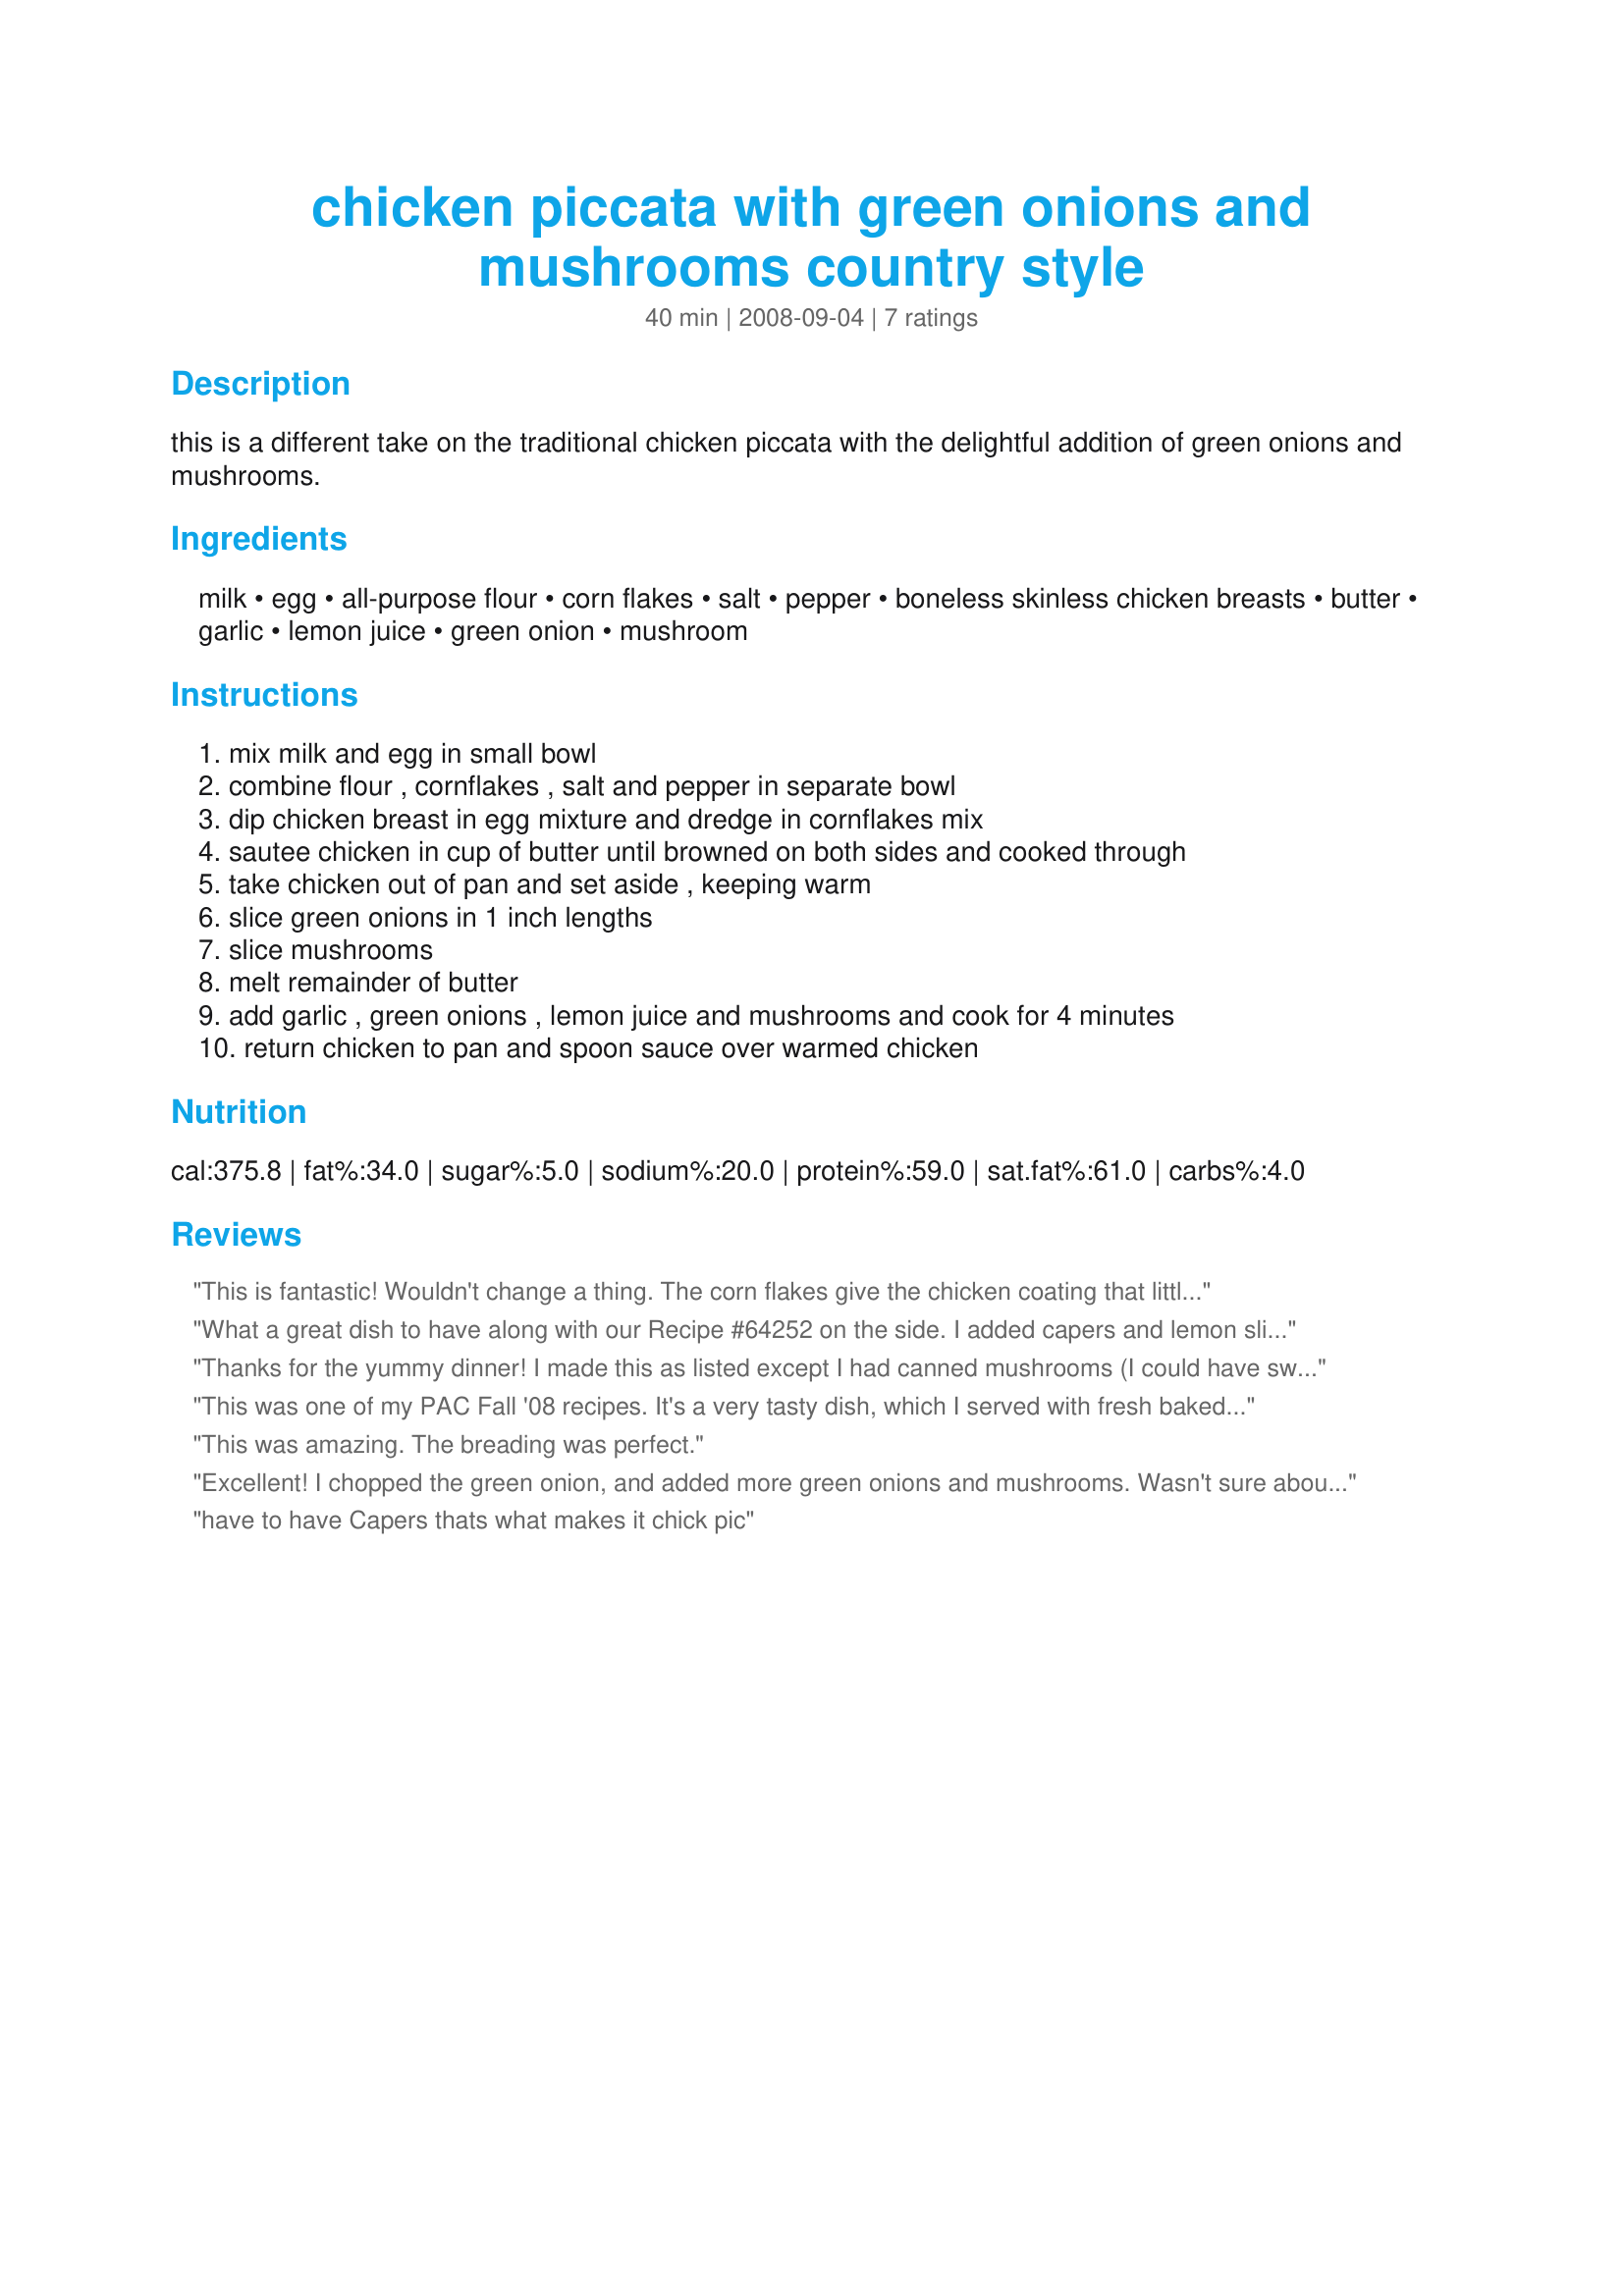
chicken piccata with green onions and mushrooms country style
Preparation time: 40 minutes

this is a different take on the traditional chicken piccata with the delightful addition of green onions and mushrooms.

Ingredients:
milk, egg, all-purpose flour, corn flakes, salt, pepper, boneless skinless chicken breasts, butter, garlic, lemon juice, green onion, mushroom

Steps:
mix milk and egg in small bowl, combine flour , cornflakes , salt and pepper in separate bowl, dip chicken breast in egg mixture and dredge in cornflakes mix, sautee chicken in cup of butter until browned on both sides and cooked through, take chicken out of pan and set aside , keeping warm, slice green onions in 1 inch lengths, slice mushrooms, melt remainder of butter, add garlic , green onions , lemon juice and mushrooms and cook for 4 minutes, return chicken to pan and spoon sauce over warmed chicken

Reviews:
This is fantastic! Wouldn't change a thing. The corn flakes give the chicken coating that little umph to make it much better. I used 2 cups of white button mushrooms instead of 1 cup, we just love our mushrooms. Other than that followed the recipe exactly. I cooked the chicken for about 8-9 minutes per side. Loved this recipe!!
What a great dish to have along with our Recipe #64252 on the side. I added capers and lemon slices on top when serving, and substituted shallots for the green onions. Looked so pretty. My DH thought he hit the jackpot last night! Little did he know how easy it was to get to the table :) Thanks!
Thanks for the yummy dinner! I made this as listed except I had canned mushrooms (I could have sworn I bought fresh!). Actually I also replaced half of the butter with olive oil. We had this with pasta and broccoli and my DS told me that it's the best chicken he's had in ages! You could skip the sauce if you don't have the ingredients because the chicken is soooo good. Made for Went to the Market. :)
This was one of my PAC Fall '08 recipes. It's a very tasty dish, which I served with fresh baked sesame rolls. I thought the mushroom and green onion mixture really brought out the flavor of the sauteed chicken. I'll serve this often.
This was amazing. The breading was perfect.
Excellent! I chopped the green onion, and added more green onions and mushrooms. Wasn't sure about the corn flakes but the coating is just perfect and stands up well to the topping without getting soft. Served with pasta and roasted asparagus on the side. Thanks for sharing the recipe! Made for PAC Spring 2009.
have to have Capers thats what makes it <br/>chick pic
